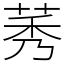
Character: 莠